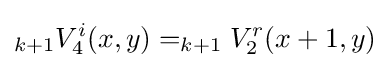
_{k+1}V_{4}^{i}(x,y)=_{k+1}V_{2}^{r}(x+1,y)